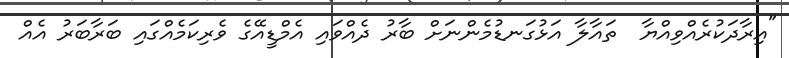
"އިރާދަކުރެއްވިއްޔާ  ތައާލާ އަޅުގަނޑުމެންނަށް ބާރު ދެއްވައި އެމްޑީއޭގެ ވެރިކަމެއްގައި ބަރާބަރު އެއް